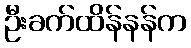
ဦးခက်ထိန်နန်က